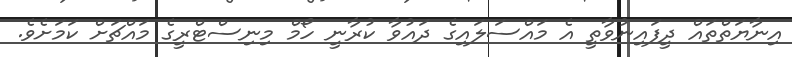
އިނާޔަތްތައް ދީފައިނުވާތީ އެ މައްސަލައިގެ ދައުވާ ކުރާނީ ހޯމް މިނިސްޓްރީގެ މައްޗަށް ކަމަށެވެ.